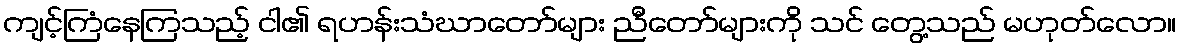
ကျင့်ကြံနေကြသည့် ငါ၏ ရဟန်းသံဃာတော်များ ညီတော်များကို သင် တွေ့သည် မဟုတ်လော။